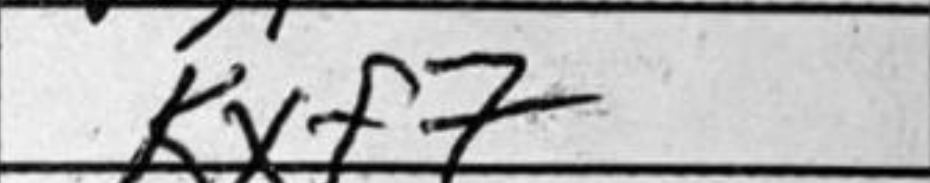
Transcription: Kxf7